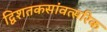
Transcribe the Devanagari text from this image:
द्विशतकसांवत्सरिक